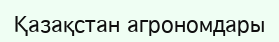
Қазақстан агрономдары